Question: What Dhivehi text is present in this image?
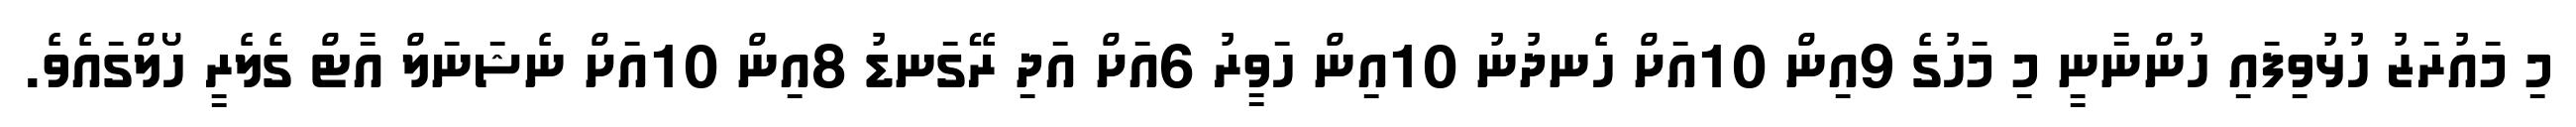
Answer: މި މައުރަޒު ހުޅުވިފައި ހުންނާނީ މި މަހުގެ 9އިން 10އަށް ހެނދުނު 10އިން ހަވީރު 6އަށް އަދި ރޭގަނޑު 8އިން 10އަށް ނެޝަނަލް އާޓް ގެލެރީ ހޯލްގައެވެ.